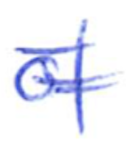
Text: of
Cross-out: double-line
Writing tool: ballpoint